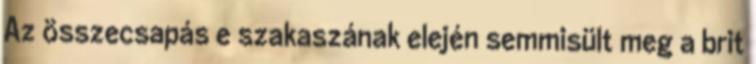
Az összecsapás e szakaszának elején semmisült meg a brit